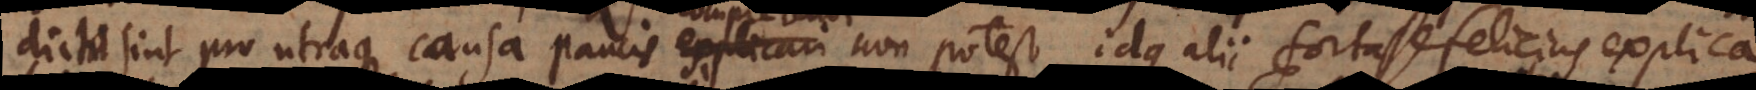
dicta sint pro utraque causa paucis explicari non potest, idque alii fortasse felicius explica